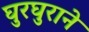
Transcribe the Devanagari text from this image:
घुरघुराने